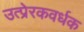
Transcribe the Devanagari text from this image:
उत्प्रेरकवर्धक